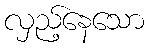
လှည့်နေသော